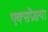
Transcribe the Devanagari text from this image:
एक्सप्रेसया